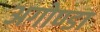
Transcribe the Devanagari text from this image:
अगोण्डा